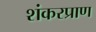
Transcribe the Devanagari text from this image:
शंकरप्राण